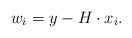
LaTeX: \begin{align*}w_i = y_{} - H \cdot x_i.\end{align*}